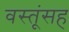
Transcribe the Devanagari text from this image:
वस्तूंसह